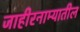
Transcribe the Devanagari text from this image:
जाहीरनाम्यातील